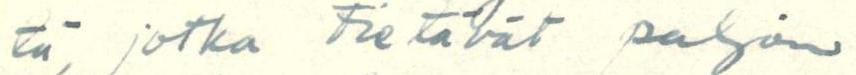
tä, jotka tietävät paljon